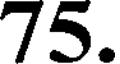
75.